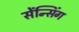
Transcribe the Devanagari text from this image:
सेंन्सिंग